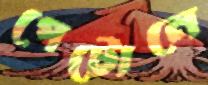
পেটোনে